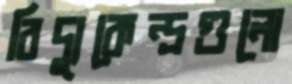
বিদ্যুকেন্দ্রগুলো